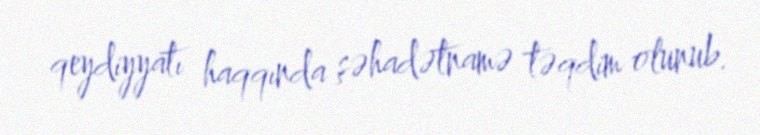
qeydiyyatı haqqında şəhadətnamə təqdim olunub.